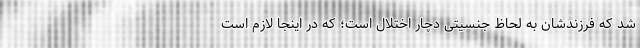
شد که فرزندشان به لحاظ جنسیتی دچار اختلال است؛ که در اینجا لازم است